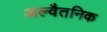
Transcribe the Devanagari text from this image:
अल्वैतनिक